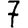
Digit: 7